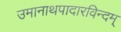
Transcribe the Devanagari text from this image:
उमानाथपादारविन्दम्